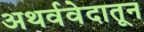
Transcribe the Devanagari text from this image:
अथर्ववेदातून